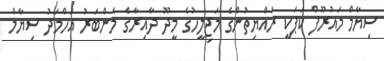
ސިޔާމް މައުރޫފް ކަޕަކީ ރައްޔިތުންގެ މަޖިލީހުގެ މީދޫ ދާއިރާގެ މެންބަރު އަހްމަދު ސިޔާމް